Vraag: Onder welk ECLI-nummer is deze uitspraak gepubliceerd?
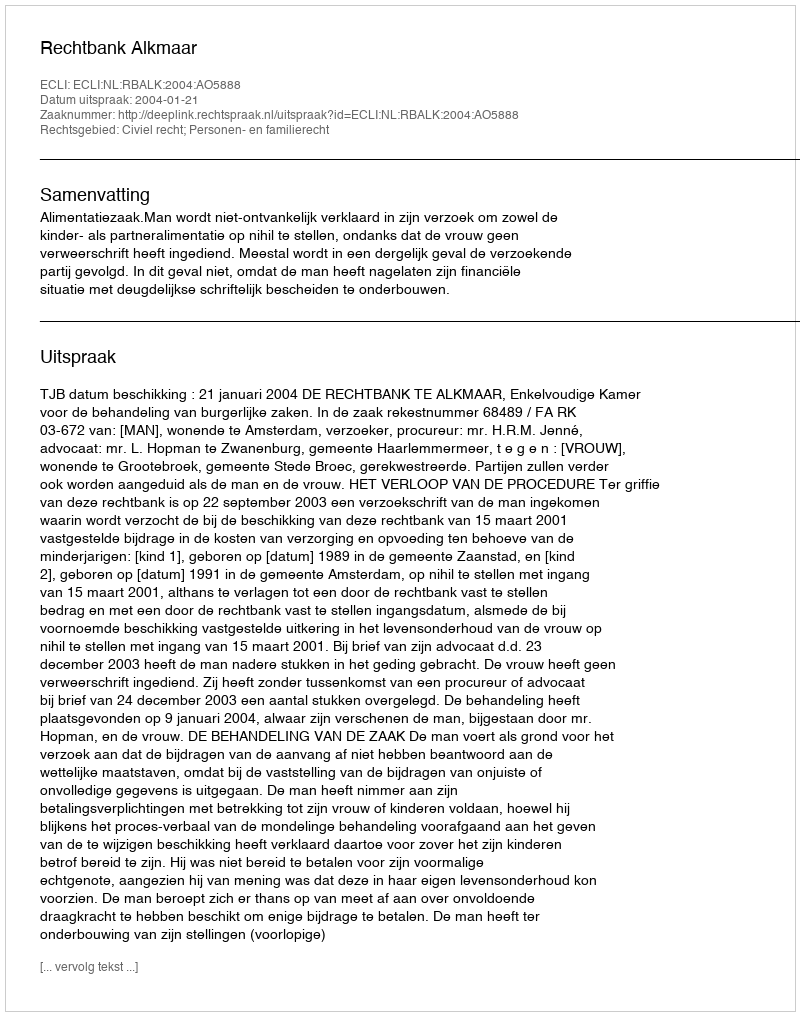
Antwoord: ECLI:NL:RBALK:2004:AO5888